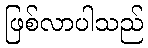
ဖြစ်လာပါသည်